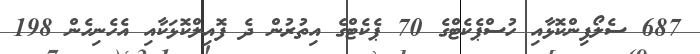
687 ސެލޯފިންކޮޅާއި ހުސްޕެކެޓްގެ 70 ޕެކެޓްގެ އިތުރުން ދެ ފޮއިލްކޮޅަކާއި އެހެނިހެން 198